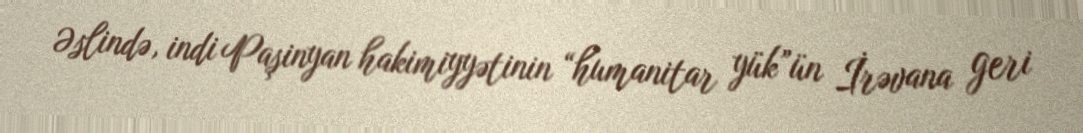
Əslində, indi Paşinyan hakimiyyətinin “humanitar yük”ün İrəvana geri